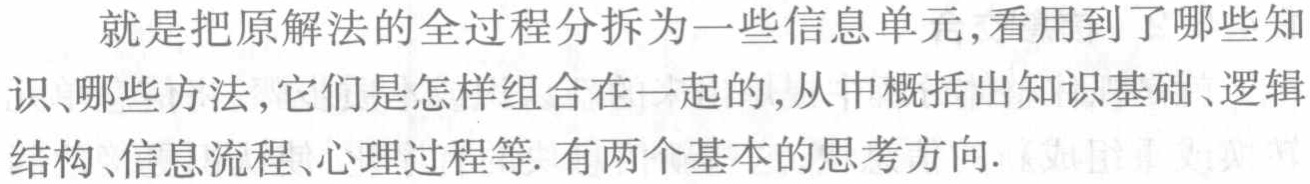
就是把原解法的全过程分拆为一些信息单元,看用到了哪些知识、哪些方法,它们是怎样组合在一起的,从中概括出知识基础、逻辑结构、信息流程、心理过程等. 有两个基本的思考方向.